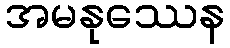
အမနုဿေန